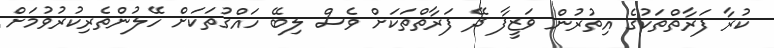
ކުރާ ފަރާތްތަކުގެ އިތުރުން ވަޒީފާ ދޭ ފަރާތްތަކަށް ވެސް ލިބޭ ހައްގުތަކަށް ހޭލުންތެރިކުރުވުމަށް